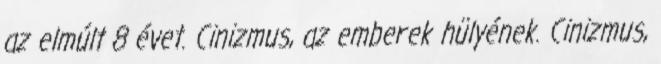
az elmúlt 8 évet. Cinizmus, az emberek hülyének. Cinizmus,